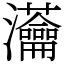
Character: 𤅢